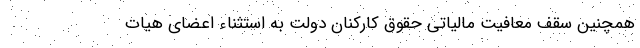
همچنین سقف معافیت مالیاتی حقوق کارکنان دولت به استثناء اعضای هیات